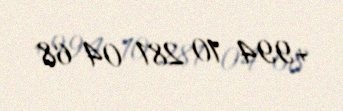
+994 10 281 04 68